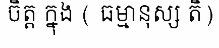
ចិត្ត ក្នុង ( ធម្មានុស្ស តិ)